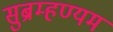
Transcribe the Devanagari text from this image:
सुब्रम्हण्यम